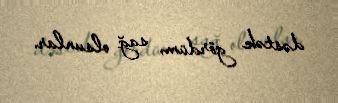
dəstək gördüm, sağ olsunlar.